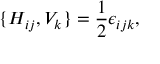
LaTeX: \{ H _ { i j } , V _ { k } \} = \frac { 1 } { 2 } \epsilon _ { i j k } ,